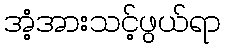
အံ့အားသင့်ဖွယ်ရာ